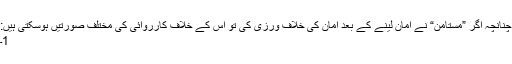
چنانچہ اگر ”مستامن“ نے امان لینے کے بعد امان کی خلاف ورزی کی تو اس کے خلاف کارروائی کی مختلف صورتیں ہوسکتی ہیں:
1۔